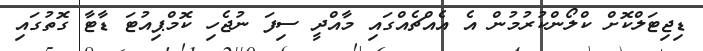
ޑިޖިޓަލްކޮށް ކްލޯންކުރުމުން އެ އެއްޗެއްގައި މާއްދީ ސިފަ ނުޖެހި ކޮމްޕިއުޓަ ޑާޓާ ގޮތުގައި